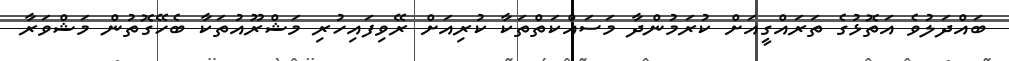
ބައްދަލުވެ އަތޮޅުގެ ތަރައްގީއަށް ކުރަމުންދާ މަސައްކަތްތަކާ ކުރިއަށް ރޭވިފައިހުރި މަޝްރޫއުތަކާ ބެހޭގޮތުން މަޝްވަރާ